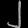
Digit: ၂